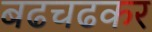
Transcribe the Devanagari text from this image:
बढचढकर